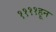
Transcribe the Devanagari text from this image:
११११हून